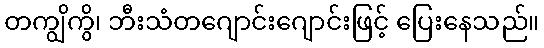
တကျွိကွိ၊ ဘီးသံတဂျောင်းဂျောင်းဖြင့် ပြေးနေသည်။